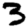
Digit: 3